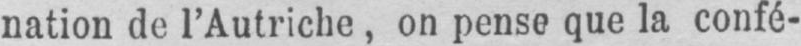
nation de l’Autriche, on pense que la confé-